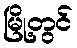
မြို့တွင်